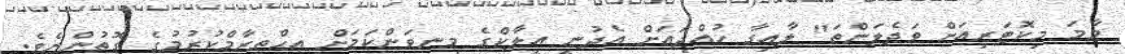
މާމަ މިކޮޓަރިއަށް ވަދެލަންތަ" ލާއިގާ ހުއްދައަށް އެދުނީ އީލާކްގެ މިނިވަންކަމަށް އިޙްތިރާމްކުރުމުގެ ގޮތުންނެވެ.